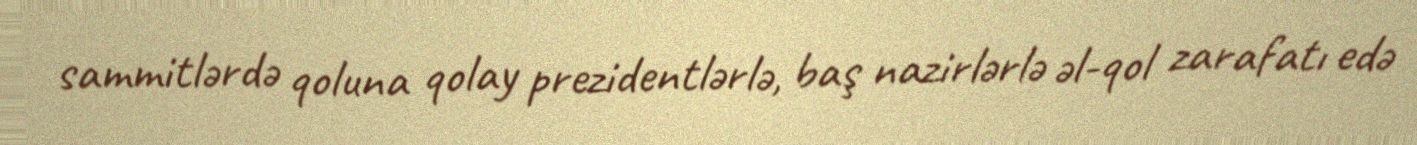
sammitlərdə qoluna qolay prezidentlərlə, baş nazirlərlə əl-qol zarafatı edə